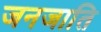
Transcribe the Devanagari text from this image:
जनजाति